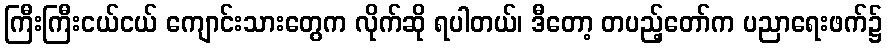
ကြီးကြီးငယ်ငယ် ကျောင်းသားတွေက လိုက်ဆို ရပါတယ်၊ ဒီတော့ တပည့်တော်က ပညာရေးဖက်၌